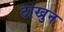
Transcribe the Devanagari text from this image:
टाखुन